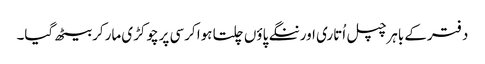
دفترکے باہرچپل اُتاری اورننگے پاؤں چلتا ہوا کرسی پرچوکڑی مارکربیٹھ گیا۔